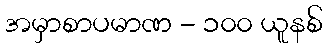
အမှာစာပမာဏ - ၁၀၀ ယူနစ်